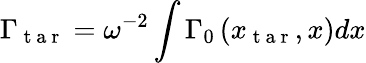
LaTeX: {\Gamma_{\mathrm{~t~a~r~}}=\omega^{-2}\int\Gamma_{0}\left(x_{\mathrm{~t~a~r~}},x\right)dx}